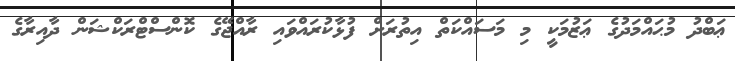
ޢަބްދު މުޙައްމަދުގެ ޢަޒުމަކީ މި މަސައްކަތް އިތުރަށް ފުޅާކުރައްވައި ރާއްޖޭގެ ކޮންސްޓްރަކްޝަން ދާއިރާގެ